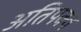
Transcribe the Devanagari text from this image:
अतिपक्व